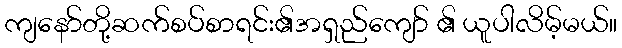
ကျနော်တို့ဆက်စပ်စာရင်း၏အရှည်ကျော် ၏ ယူပါလိမ့်မယ်။